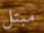
مبتل